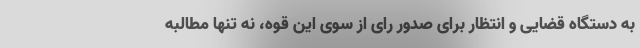
به دستگاه قضایی و انتظار برای صدور رای از سوی این قوه، نه تنها مطالبه